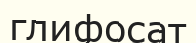
глифосат